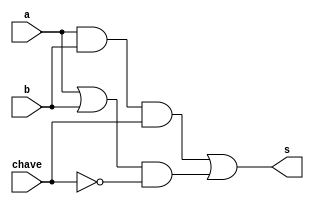
// --------------------------------------------------------------- 
// Exemplo0032 - F4 
// Nome: Felipe Torres 
// --------------------------------------------------------------- 
// --------------------------------------------------------------- 
// f4_gate 
// ---------------------------------------------------------------  
 
 module f4 (output s, input a, input  b, input chave); 
 	 
	 //descrever por portas
	 wire saidaAnd;
	 wire saidaOr;
	 wire [1:0] saida;
	 wire saidaNot;
 
	 and AND1(saidaAnd, a, b);
	 or OR1(saidaOr, a, b);
	 
	 and AND2(saida[0], saidaAnd, chave);
	 
	 and AND3(saida[1], saidaOr, saidaNot);
	 	 
	 not NOT1(saidaNot, chave);
	 
	 or OR2(s, saida[0], saida[1]);
 
 endmodule // f4
 
 module test_f4; 
 // ------------------------- definir dados -----------------------------------------
 reg x; 
 reg y; 
 reg ch;
 wire s; 
 
 f4 modulo (s, x, y, ch);
 
initial begin 

	//----------------------- identificador -------------------------------------------- 
	$display("Exemplo0032 - Felipe Torres - 412738"); 
	$display("Test LU's module"); 
	
	#1 x = 0; y = 0; ch = 0; 
	$monitor("Resultado chave = %1b\n x = %1b \t y = %1b \t Resultado -> %1b\n", ch, x, y, s);
   #1 x = 0; y = 1; ch = 1;  
   #1 x = 1; y = 0; ch = 0;
   #1 x = 1; y = 1; ch = 1; 

 end 
 endmodule // test_f4